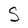
Character: S